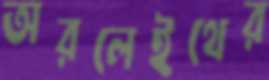
অরলেইথের